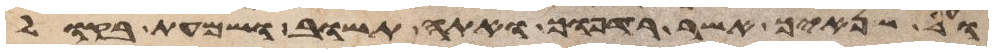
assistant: ועל שנאיך אשר רדפוך ואתה תשוב ושמעת בקול